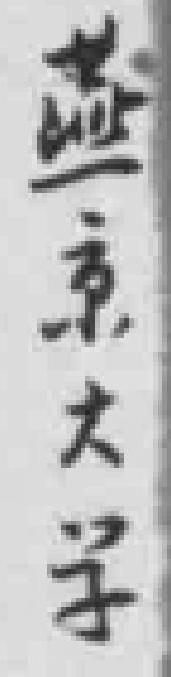
燕京大学